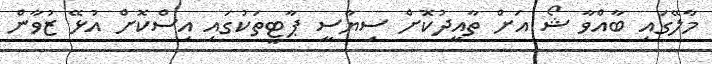
މާލޭގައި ބާއްވާ ޝޯ އަށް ތާއީދުކޮށް ސިޔާސީ ޕާޓީތަކުގައި އިސްކޮށް އުޅޭ ޒުވާން